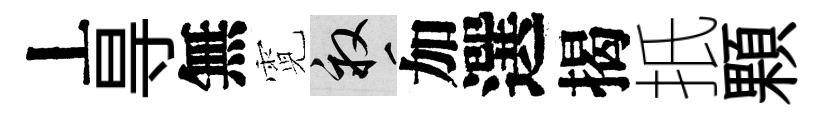
丄㝵無霓畝加選揭扺顆